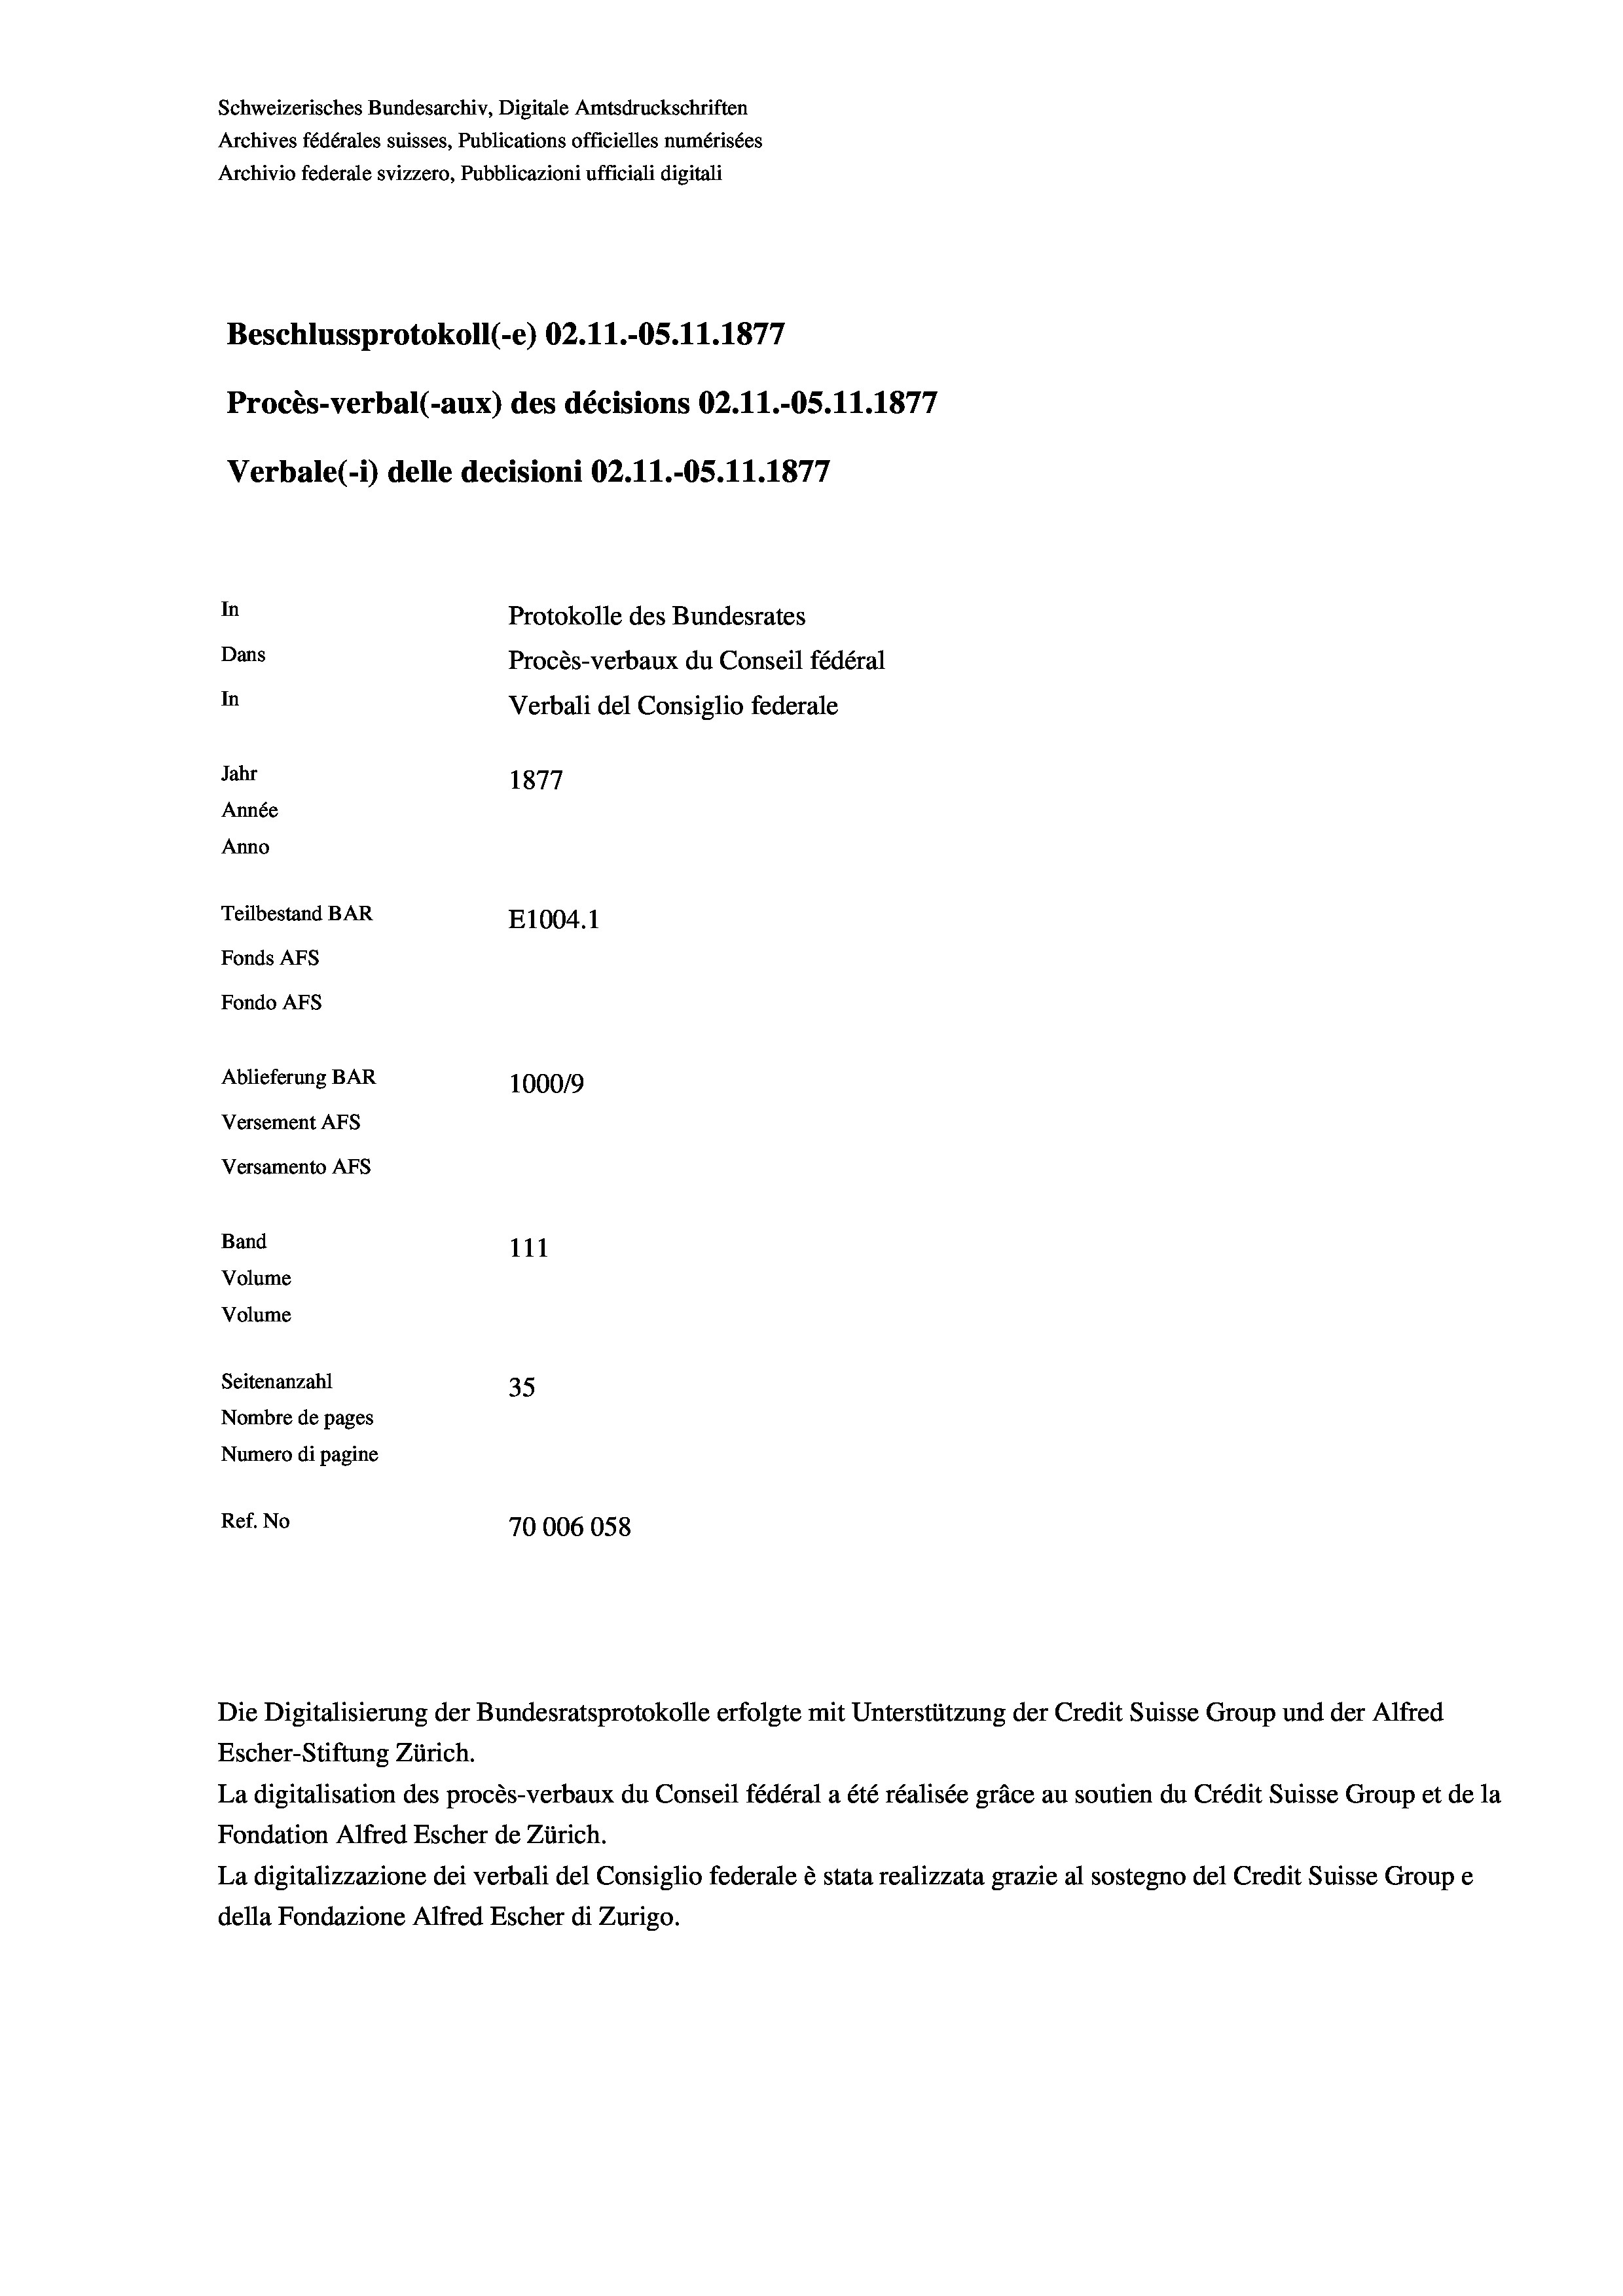
Schweizerisches Bundesarchiv, Digitale Amtsdruckschriften
Archives fédérales suisses, Publications officielles numérisées
Archivio federale svizzero, Pubblicazioni ufficiali digitali
Beschlussprotokoll (-e) 02.11.-OS.11.1877
Procès-verbal (-aux) des décisions 02.11.-OS.11.1877
Verbale(-*) delle decisioni OZ.11.-OS.11.1877
In
Protokolle des Bundesrates
Dans
Procès-verbaux du Conseil fédéral
In
Verbali del Consiglio federale
Jahr
1877
Année
Anno
Teilbestand BAR
E1004. 1
Fonds AFs
Fondo AFs
Ablieferung BAR
100019
Versement AFs
Versamento Afs
Band
111
Volume
Volume

Seitenanzahl
35
Nombre de pages
Numero di pagine
Ref. No
70006058

Escher-Stiftung Zürich.
La digitalisation des procès-verbaux du Conseil fédéral a été réalisée gräce au soutien du Crédit Suisse Group et de la
Fondation Alfred Escher de Zürich.
La digitalizzazione dei verbali del Consiglio federale è stata realizzata grazie al sostegno del Credit Suisse Groupe
della Fondazione Alfred Escher di Zurigo.

Die Digitalisierung der Bundesratsprotokolle erfolgte mit Unterstützung der Credit Suisse Group und der Alfred